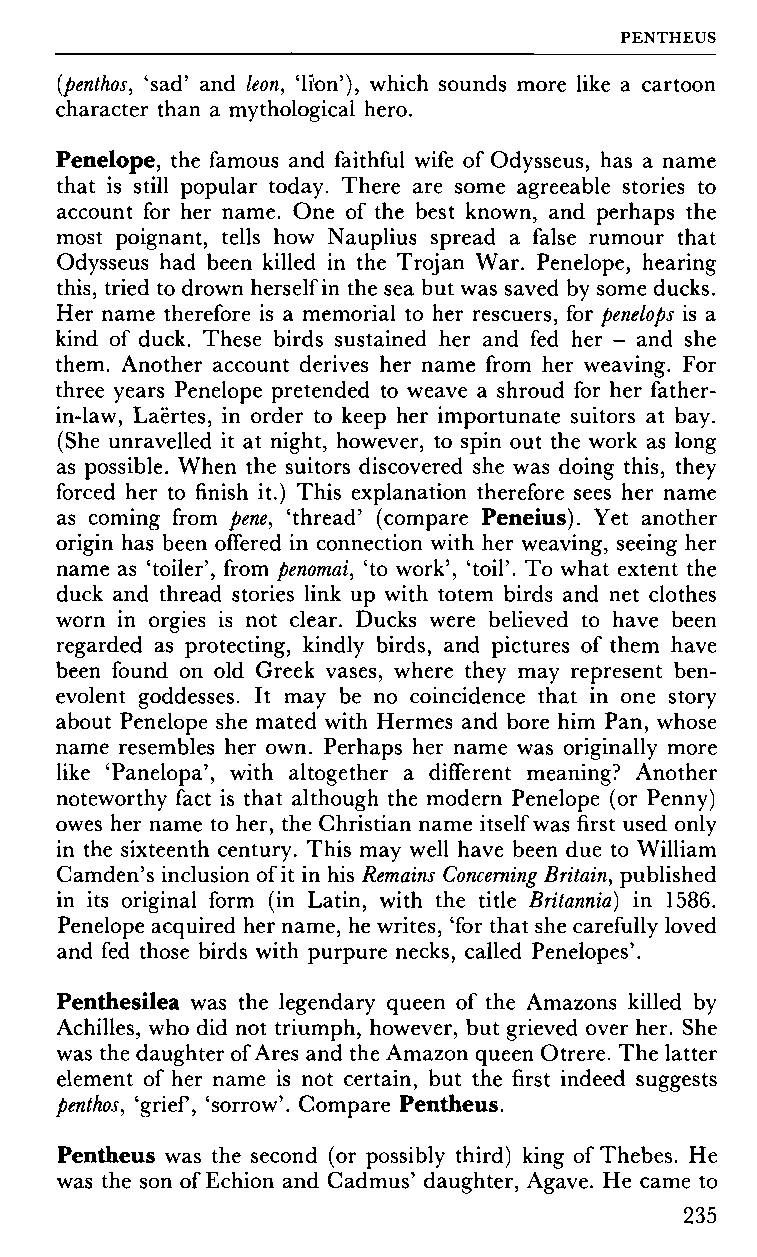
PENTHEUS
 [penthos, 'sad' and leon, 'lion'), which sounds more like a cartoon
 character than a mythological hero.
 Penelope, the famous and faithful wife of Odysseus, has a name
 that is still popular today. There are some agreeable stories to
 account for her name. One of the best known, and perhaps the
 most poignant, tells how Nauplius spread a false rumour that
 Odysseus had been killed in the Trojan War. Penelope, hearing
 this, tried to drown herself in the sea but was saved by some ducks.
 Her name therefore is a memorial to her rescuers, for penelops is a
 kind of duck. These birds sustained her and fed her - and she
 them. Another account derives her name from her weaving. For
 three years Penelope pretended to weave a shroud for her father-
 in-law, Laertes, in order to keep her importunate suitors at bay.
 (She unravelled it at night, however, to spin out the work as long
 as possible. When the suitors discovered she was doing this, they
 forced her to finish it.) This explanation therefore sees her name
 as coming from pene, 'thread' (compare Peneius). Yet another
 origin has been offered in connection with her weaving, seeing her
 name as 'toiler', from penomai, 'to work', 'toil'. To what extent the
 duck and thread stories link up with totem birds and net clothes
 worn in orgies is not clear. Ducks were believed to have been
 regarded as protecting, kindly birds, and pictures of them have
 been found on old Greek vases, where they may represent ben
 evolent goddesses. It may be no coincidence that in one story
 about Penelope she mated with Hermes and bore him Pan, whose
 name resembles her own. Perhaps her name was originally more
 like 'Panelopa', with altogether a different meaning? Another
 noteworthy fact is that although the modern Penelope (or Penny)
 owes her name to her, the Christian name itself was first used only
 in the sixteenth century. This may well have been due to William
 Camden's inclusion of it in his Remains Concerning Britain, published
 in its original form (in Latin, with the title Britannia) in 1586.
 Penelope acquired her name, he writes, 'for that she carefully loved
 and fed those birds with purpure necks, called Penelopes'.
 Penthesilea was the legendary queen of the Amazons killed by
 Achilles, who did not triumph, however, but grieved over her. She
 was the daughter of Ares and the Amazon queen Otrere. The latter
 element of her name is not certain, but the first indeed suggests
 penthos, 'grief, 'sorrow'. Compare Pentheus.
 Pentheus was the second (or possibly third) king of Thebes. He
 was the son of Echion and Cadmus' daughter, Agave. He came to
 235